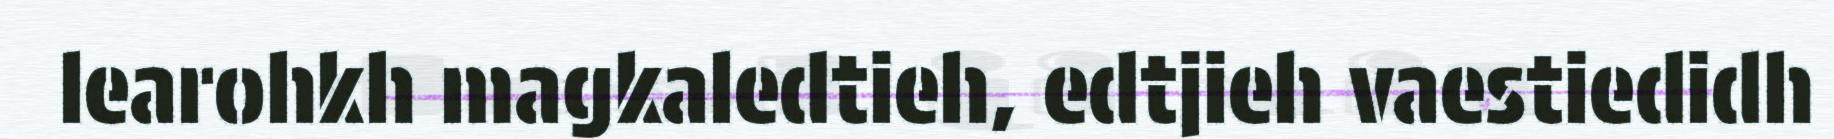
learohkh magkaledtieh, edtjieh vaestiedidh